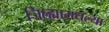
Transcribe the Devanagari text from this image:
जिल्ह्यामधल्या